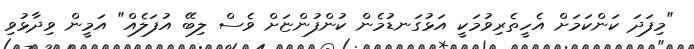
"މިފަދަ ކަންކަމަށް އެހީތެރިވުމަކީ އަޅުގަނޑުމެން ކުންފުންޏަށް ވެސް ލިބޭ އުފަލެއް" އަމީން ވިދާޅުވި